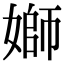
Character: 𡟪